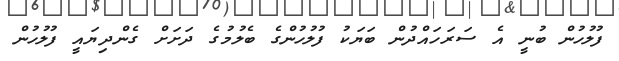
ފުލުހުން ބުނީ އެ ސަރަހައްދުން ބަޔަކު ފުލުހުންގެ ބެލުމުގެ ދަށަށް ގެންދިޔައީ ފުލުހުން